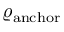
\varrho _ { \mathrm { a n c h o r } }